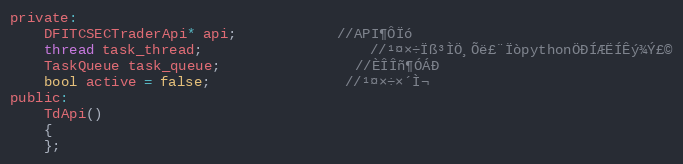
Language: C
private:
	DFITCSECTraderApi* api;            //API¶ÔÏó
	thread task_thread;                    //¹¤×÷Ïß³ÌÖ¸Õë£¨ÏòpythonÖÐÍÆËÍÊý¾Ý£©
	TaskQueue task_queue;                //ÈÎÎñ¶ÓÁÐ
	bool active = false;                //¹¤×÷×´Ì¬
public:
	TdApi()
	{
	};